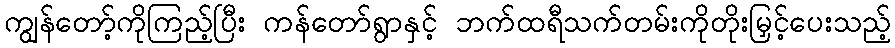
ကျွန်တော့်ကိုကြည့်ပြီး ကန်တော်ရွာနှင့် ဘက်ထရီသက်တမ်းကိုတိုးမြှင့်ပေးသည့်